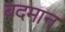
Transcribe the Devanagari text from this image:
बदमान